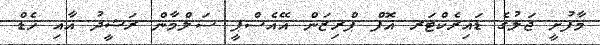
މާފުށީ ޖަލުގެ ޑައިރެކްޓަރ އޮފް ޕްރިޒަން އޭއެސްޕީ ސަލްމާން ރަޝީދު އާއި ހެޑް